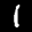
Label: 1